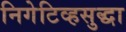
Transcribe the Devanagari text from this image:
निगेटिव्हसुद्धा